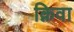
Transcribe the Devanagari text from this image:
क्निवा